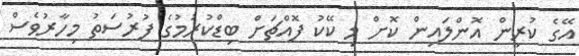
އޭގެ ކުރިން އޮންލައިން ކޮށް މި ކޭކު ފޮއްޗަށް ބިޑްކުރުމުގެ ފުރުސަތު މިހާރުވެސް